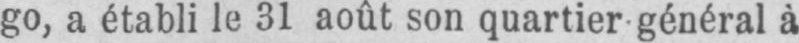
go, a établi le 31 août son quartier général à